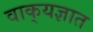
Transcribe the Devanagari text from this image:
वाक्‌यज्ञात